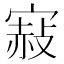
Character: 𡪌